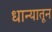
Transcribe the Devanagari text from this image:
धान्यातून